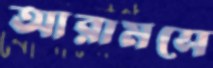
আরামসে